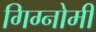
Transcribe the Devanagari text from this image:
गिग्नोमी